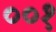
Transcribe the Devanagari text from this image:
००१